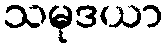
သမုဒယာ